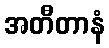
အတီတာနံ